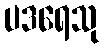
ပဒရေသု